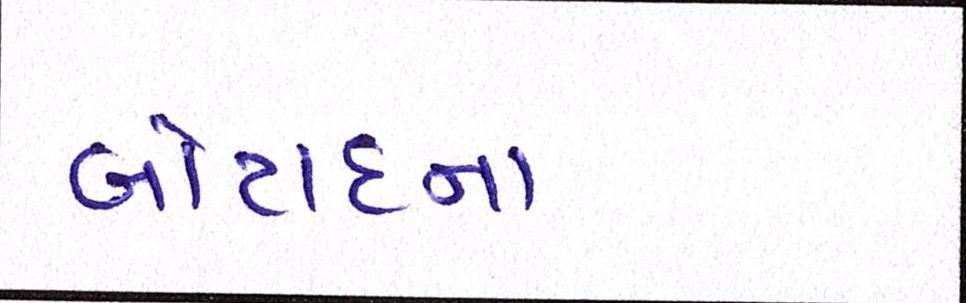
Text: બોટાદના